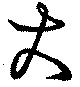
大